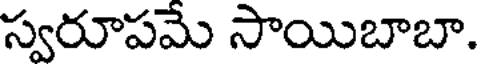
స్వరూపమే సాయిబాబా.